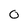
Character: 0